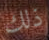
ذلك